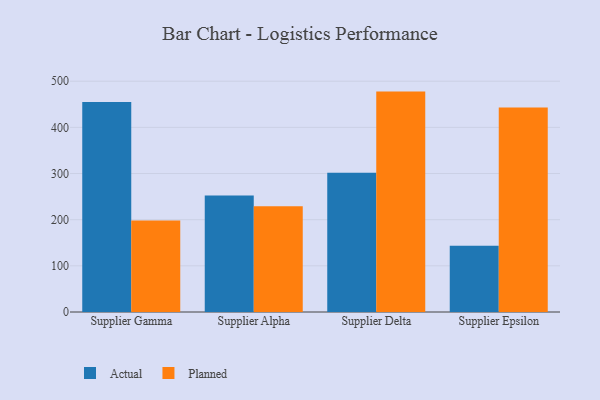
{"axis": {"x": "Supplier", "y": "Market Share (%)"}, "legend": ["Actual", "Planned"], "data": [{"x": "Supplier Gamma", "y": 455.0, "type": "Actual"}, {"x": "Supplier Gamma", "y": 198.3, "type": "Planned"}, {"x": "Supplier Alpha", "y": 252.3, "type": "Actual"}, {"x": "Supplier Alpha", "y": 229.2, "type": "Planned"}, {"x": "Supplier Delta", "y": 301.7, "type": "Actual"}, {"x": "Supplier Delta", "y": 477.5, "type": "Planned"}, {"x": "Supplier Epsilon", "y": 143.6, "type": "Actual"}, {"x": "Supplier Epsilon", "y": 443.1, "type": "Planned"}]}